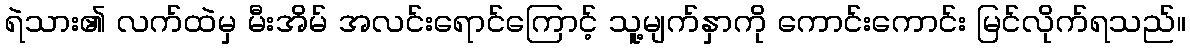
ရဲသား၏ လက်ထဲမှ မီးအိမ် အလင်းရောင်ကြောင့် သူ့မျက်နှာကို ကောင်းကောင်း မြင်လိုက်ရသည်။